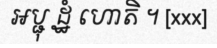
អប្ជុ ដ្ឋំ ហោតិ ។ [xxx]